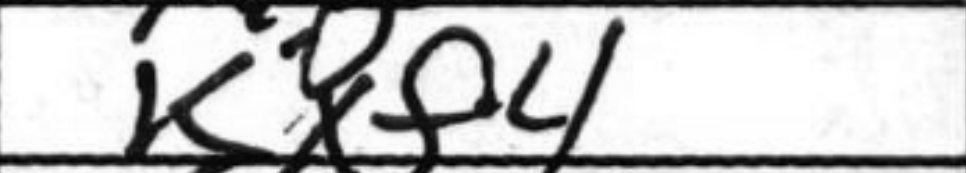
Transcription: Kxf4